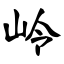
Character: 岭